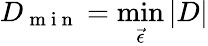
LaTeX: D_{\mathrm{~m~i~n~}}=\operatorname*{min}_{\vec{\epsilon}}|D|